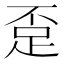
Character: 𲃗